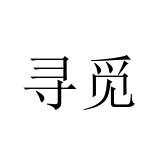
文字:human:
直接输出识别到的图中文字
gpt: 寻觅